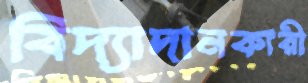
বিদ্যাদানকারী